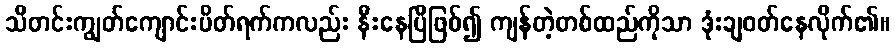
သီတင်းကျွတ်ကျောင်းပိတ်ရက်ကလည်း နီးနေပြီဖြစ်၍ ကျန်တဲ့တစ်ထည်ကိုသာ ဒုံးချဝတ်နေလိုက်၏။